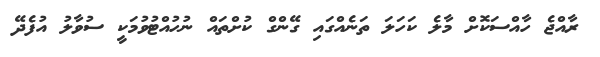
ރާއްޖެ ހާއްސަކޮށް މާލެ ކަހަލަ ތަނެއްގައި ގޭންގް ކުށްތައް ނުހުއްޓުވުމަކީ ސުވާލު އުފެދޭ